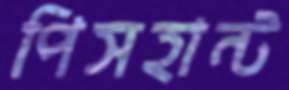
পিসহান্ট